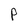
Character: P